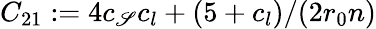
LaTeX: C_{21}:=4c_{\mathscr{S}}c_{l}+(5+c_{l})/(2r_{0}n)